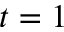
t = 1